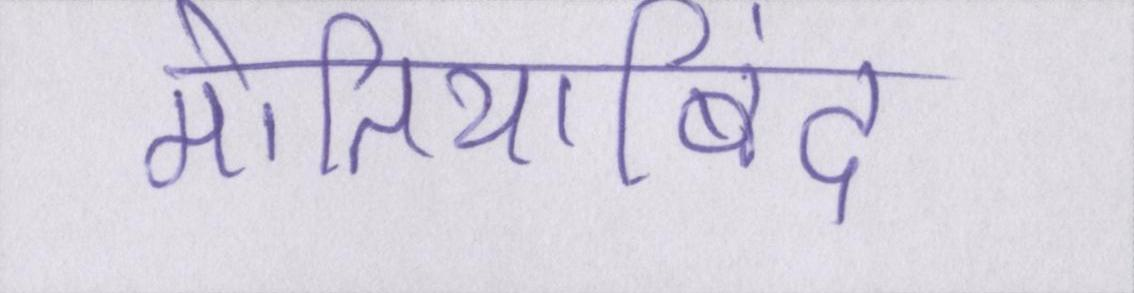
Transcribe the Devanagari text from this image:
मोतियाबिंद